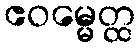
ဧဝမ္မေတ္ထ